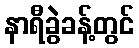
နာရီခွဲခန့်တွင်